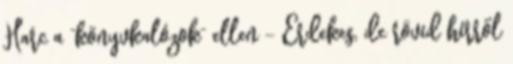
Harc a “könyvkalózok” ellen – Érdekes, de rövid hírről